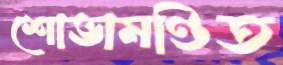
শোভামণ্ডিত